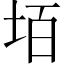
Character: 𡋦